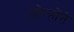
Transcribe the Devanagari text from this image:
ओन्होंने